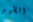
الظهير